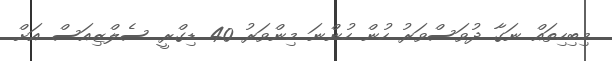
މިބިހިތައް ނަގާ ދުވަސްވަރު ހުން ހުންނަ މިންވަރު 40 ޑިގްރީ ސެލްޒިއަސް އަށް